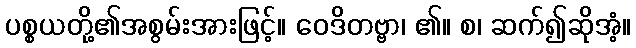
ပစ္စယတို့၏အစွမ်းအားဖြင့်။ ဝေဒိတဗ္ဗာ၊ ၏။ စ၊ ဆက်၍ဆိုအံ့။